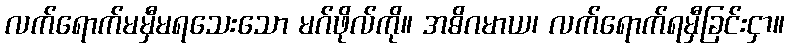
လက်ရောက်မမှီမရသေးသော မဂ်ဖိုလ်ကို။ အဓိဂမာယ၊ လက်ရောက်ရမှီခြင်းငှာ။